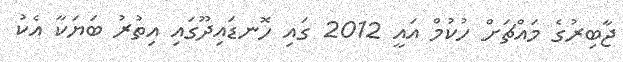
ޖާބިރުގެ މައްޗަށް ހުކުމް އައީ 2012 ގައި ހޮނޑައިދޫގައި އިތުރު ބަޔަކާ އެކު